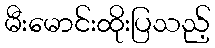
မီးမောင်းထိုးပြသည့်